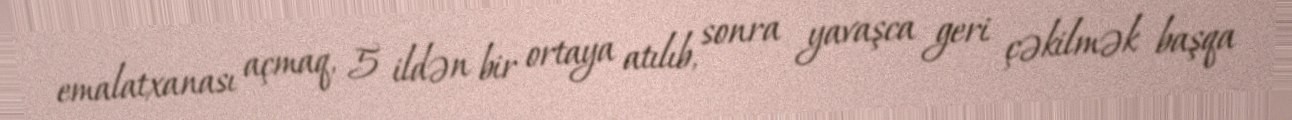
emalatxanası açmaq, 5 ildən bir ortaya atılıb, sonra yavaşca geri çəkilmək başqa